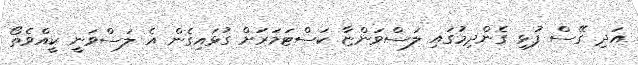
އަދި ގޭސް ފުޅި ގެންދިމުގައި ލަސްވަންޏާ ކަސްޓަމަރަށް ގުޅައިގެން އެެ ލަސްވަނީ ކީއްވެތޯ